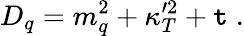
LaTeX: D_{q}=m_{q}^{2}+\kappa_{T}^{\prime2}+\mathtt{t}\; .